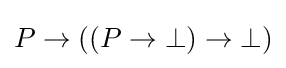
P\to ((P\to \bot )\to \bot )